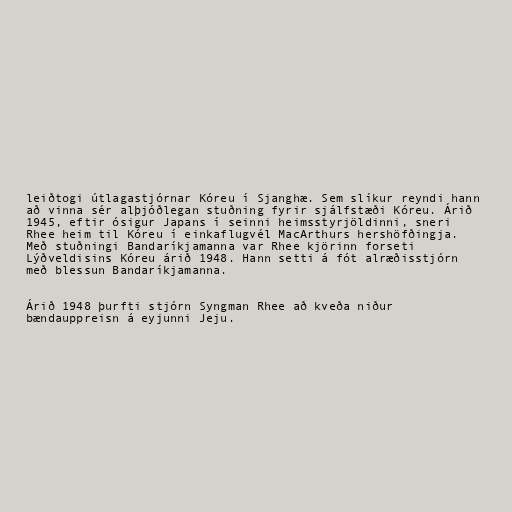
leiðtogi útlagastjórnar Kóreu í Sjanghæ. Sem slíkur reyndi hann
að vinna sér alþjóðlegan stuðning fyrir sjálfstæði Kóreu. Árið
1945, eftir ósigur Japans í seinni heimsstyrjöldinni, sneri
Rhee heim til Kóreu í einkaflugvél MacArthurs hershöfðingja.
Með stuðningi Bandaríkjamanna var Rhee kjörinn forseti
Lýðveldisins Kóreu árið 1948. Hann setti á fót alræðisstjórn
með blessun Bandaríkjamanna.

Árið 1948 þurfti stjórn Syngman Rhee að kveða niður
bændauppreisn á eyjunni Jeju.